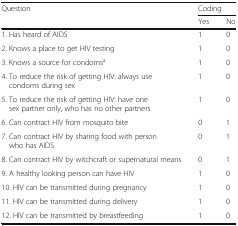
| <ROWSPAN=2> Question | <COLSPAN=2> Coding |
 | Yes | No |
 | --- | --- | --- |
 | 1. Has heard of AIDS | 1 | 0 |
 | 2. Knows a place to get HIV testing | 1 | 0 |
 | 3. Knows a source for condomsa | 1 | 0 |
 | 4. To reduce the risk of getting HIV: always use condoms during sex | 1 | 0 |
 | 5. To reduce the risk of getting HIV: have one sex partner only, who has no other partners | 1 | 0 |
 | 6. Can contract HIV from mosquito bite | 0 | 1 |
 | 7. Can contract HIV by sharing food with person who has AIDS | 0 | 1 |
 | 8. Can contract HIV by witchcraft or supernatural means | 0 | 1 |
 | 9. A healthy looking person can have HIV | 1 | 0 |
 | 10. HIV can be transmitted during pregnancy | 1 | 0 |
 | 11. HIV can be transmitted during delivery | 1 | 0 |
 | 12. HIV can be transmitted by breastfeeding | 1 | 0 |